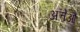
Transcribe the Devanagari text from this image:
अत्तेऔ